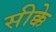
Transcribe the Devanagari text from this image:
सीक्के